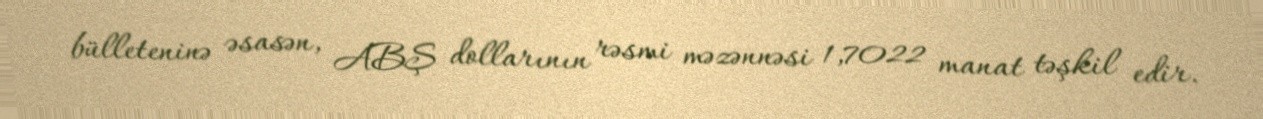
bülleteninə əsasən, ABŞ dollarının rəsmi məzənnəsi 1,7022 manat təşkil edir.